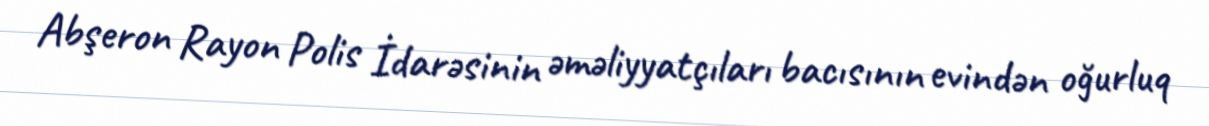
Abşeron Rayon Polis İdarəsinin əməliyyatçıları bacısının evindən oğurluq